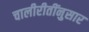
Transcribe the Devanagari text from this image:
चालीरीतींनुसार